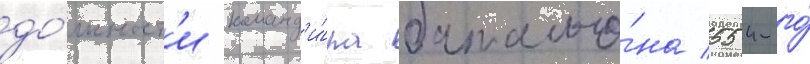
до́лжност'и команд'и́ра батальо́на 554-го́